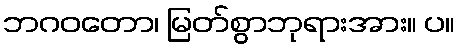
ဘဂဝတော၊ မြတ်စွာဘုရားအား။ ပ။